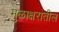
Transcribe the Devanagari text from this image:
मुळाक्षरातील